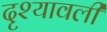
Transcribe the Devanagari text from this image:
दृश्‍यावली